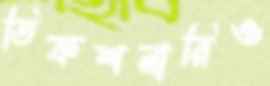
ডিকশনারিও